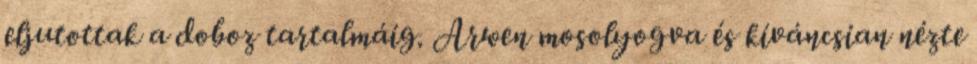
eljutottak a doboz tartalmáig. Arwen mosolyogva és kíváncsian nézte